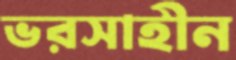
ভরসাহীন